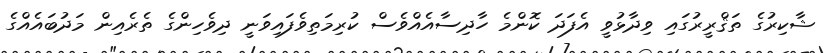
ޝާކިރުގެ ތަޤްރީރުގައި ވިދާޅުވީ އެފަދަ ކޮންމެ ހާދިސާއެއްވެސް ކުރިމަތިވެފައިވަނީ ދިވެހިންގެ ތެރެއިން މަދުބައެއްގެ